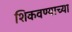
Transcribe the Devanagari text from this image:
शिकवण्याच्या